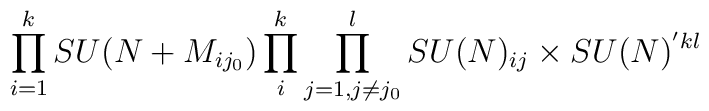
\prod_{i=1}^{k} SU(N + M_{i j_{0}}) \prod_{i}^{k} \prod_{j=1, j \ne j_0}^{l} SU(N)_{ij} \times SU(N)^{'kl}